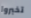
تخبروا